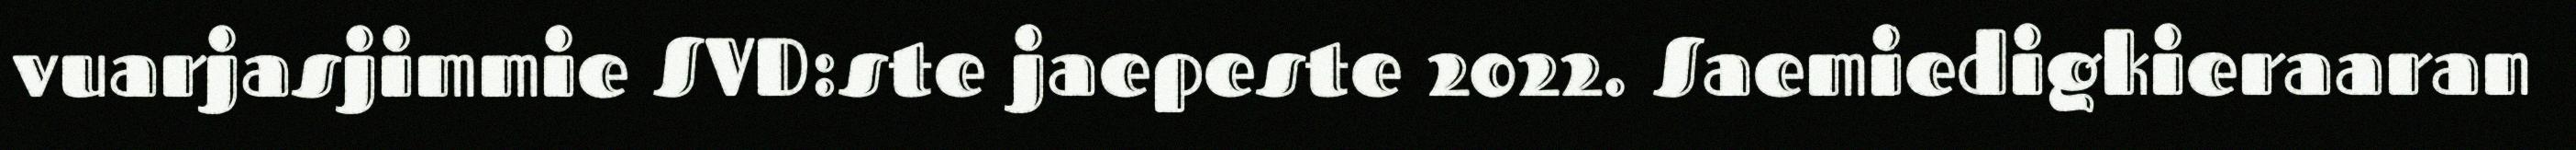
vuarjasjimmie SVD:ste jaepeste 2022. Saemiedigkieraaran